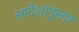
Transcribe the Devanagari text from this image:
आदेशांनुसार